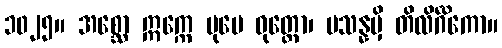
၁၀၂၅။ အစ္ဆော ဣက္ကေ ပုမေ ဝုတ္တော၊ ပသန္နမှိ တိလိင်္ဂိကော။